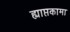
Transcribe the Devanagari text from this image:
ह्याप्तकामा